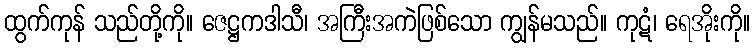
ထွက်ကုန် သည်တို့ကို။ ဇေဋ္ဌကဒါသီ၊ အကြီးအကဲဖြစ်သော ကျွန်မသည်။ ကုဋံ၊ ရေအိုးကို။